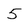
Character: 5